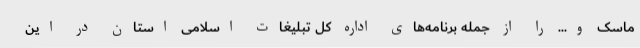
ماسک و... را از جمله برنامه‌های اداره کل تبلیغات اسلامی استان در این